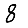
Digit: 8